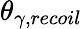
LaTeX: \theta_{\gamma,recoil}